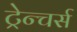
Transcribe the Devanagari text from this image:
ट्रेन्चर्स